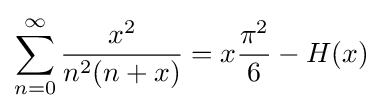
\sum _{n=0}^{\infty }{\frac {x^{2}}{n^{2}(n+x)}}=x{\frac {\pi ^{2}}{6}}-H(x)